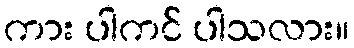
ကား ပါကင် ပါသလား။